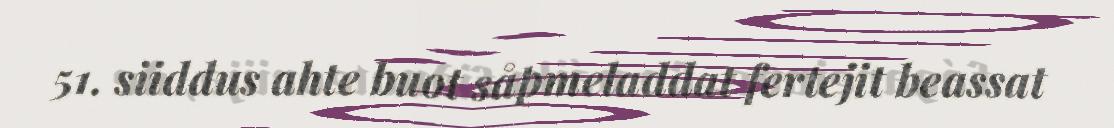
51. siiddus ahte buot såpmeladdat fertejit beassat